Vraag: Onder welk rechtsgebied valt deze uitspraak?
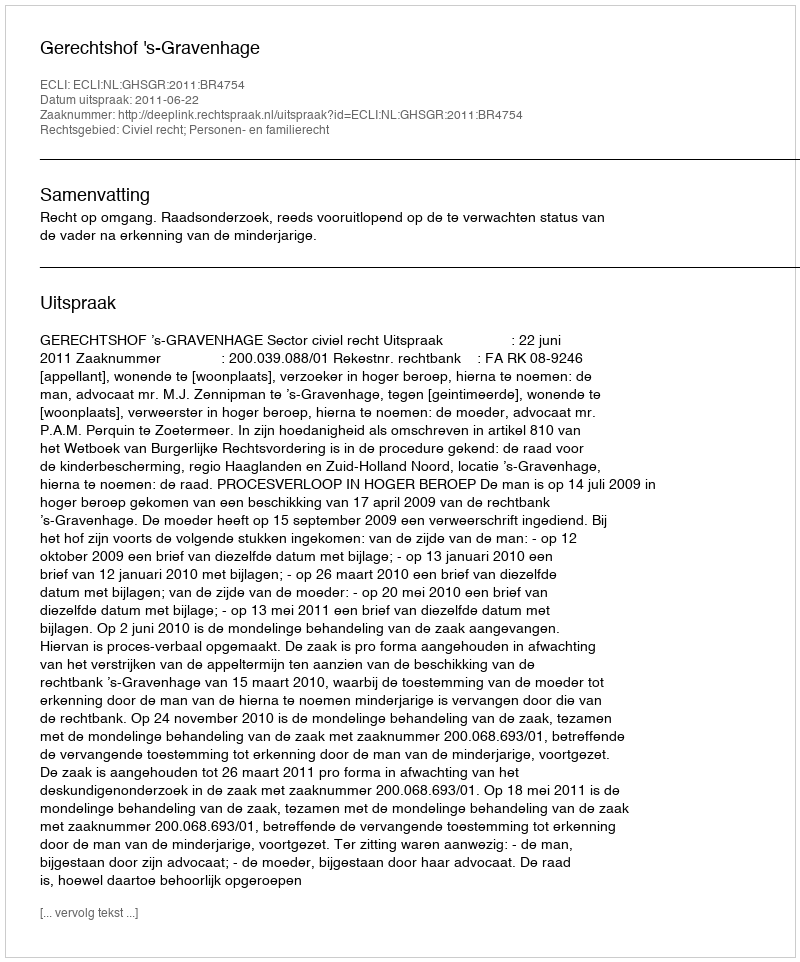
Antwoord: Civiel recht; Personen- en familierecht